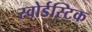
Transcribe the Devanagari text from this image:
स्वोर्डस्टिक